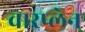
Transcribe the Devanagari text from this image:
वारप्लेन